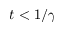
t < 1 / \gamma